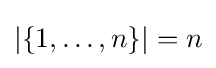
|\{1,\ldots ,n\}|=n